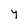
Character: y